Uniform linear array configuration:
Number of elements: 8
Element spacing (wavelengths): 0.5
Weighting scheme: exponential
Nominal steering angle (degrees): -15
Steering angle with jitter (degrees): -14.726
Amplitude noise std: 0.05
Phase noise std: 0.05

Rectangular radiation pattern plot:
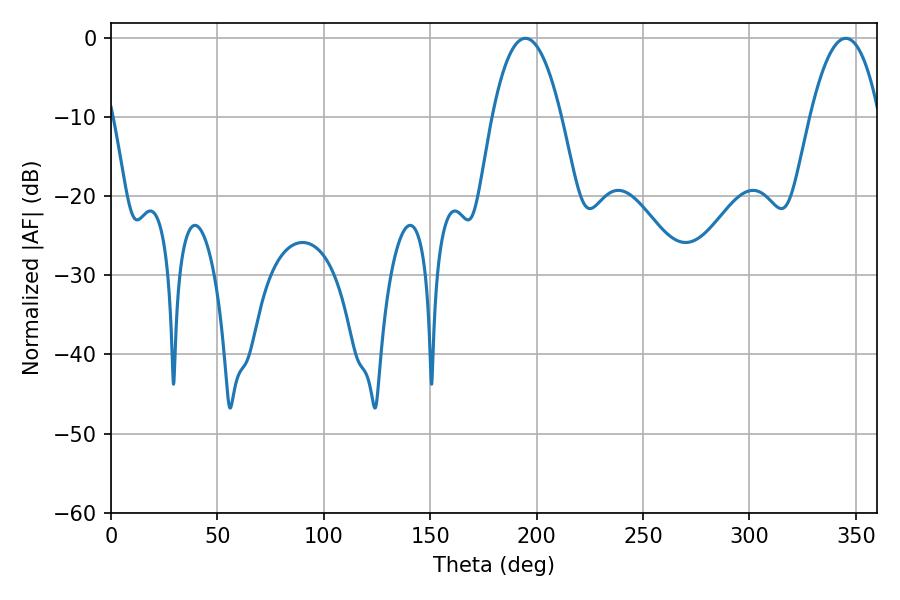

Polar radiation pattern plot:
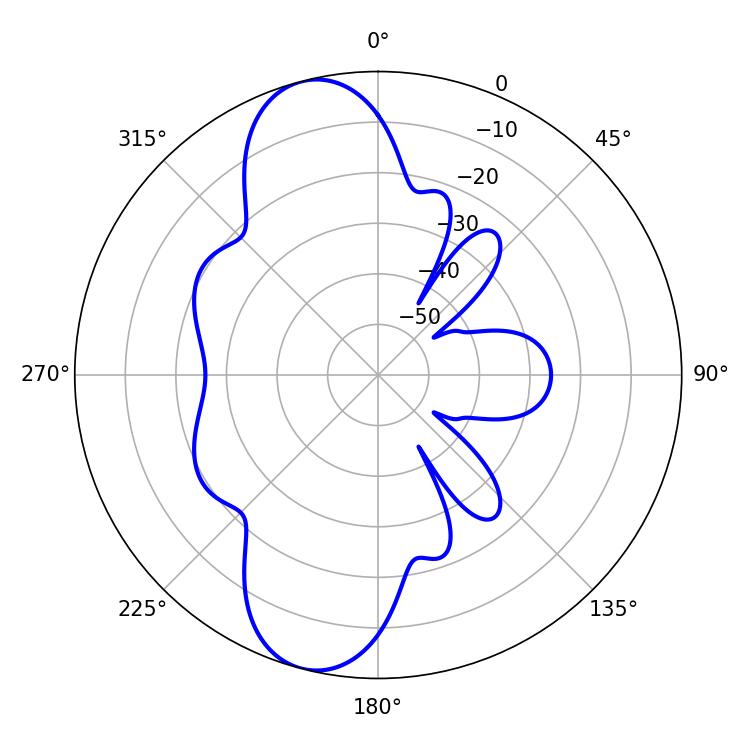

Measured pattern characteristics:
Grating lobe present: FALSE
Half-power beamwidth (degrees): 18
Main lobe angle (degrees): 194.76